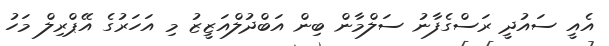
އެއީ ސައުދީ ރަސްގެފާނު ސަލްމާން ބިން އަބްދުލްއަޒީޒު މި އަހަރުގެ އޭޕްރިލް މަހު